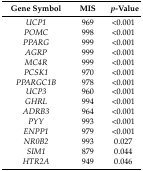
<table><thead><tr><td><b>Gene Symbol</b></td><td><b>MIS</b></td><td><b><i>p</i>-Value</b></td></tr></thead><tbody><tr><td><i>UCP1</i></td><td>969</td><td>&lt;0.001</td></tr><tr><td><i>POMC</i></td><td>998</td><td>&lt;0.001</td></tr><tr><td><i>PPARG</i></td><td>999</td><td>&lt;0.001</td></tr><tr><td><i>AGRP</i></td><td>999</td><td>&lt;0.001</td></tr><tr><td><i>MC4R</i></td><td>999</td><td>&lt;0.001</td></tr><tr><td><i>PCSK1</i></td><td>970</td><td>&lt;0.001</td></tr><tr><td><i>PPARGC1B</i></td><td>978</td><td>&lt;0.001</td></tr><tr><td><i>UCP3</i></td><td>960</td><td>&lt;0.001</td></tr><tr><td><i>GHRL</i></td><td>994</td><td>&lt;0.001</td></tr><tr><td><i>ADRB3</i></td><td>964</td><td>&lt;0.001</td></tr><tr><td><i>PYY</i></td><td>993</td><td>&lt;0.001</td></tr><tr><td><i>ENPP1</i></td><td>979</td><td>&lt;0.001</td></tr><tr><td><i>NR0B2</i></td><td>993</td><td>0.027</td></tr><tr><td><i>SIM1</i></td><td>879</td><td>0.044</td></tr><tr><td><i>HTR2A</i></td><td>949</td><td>0.046</td></tr></tbody></table>